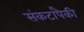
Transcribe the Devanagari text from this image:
संकटांपैकी